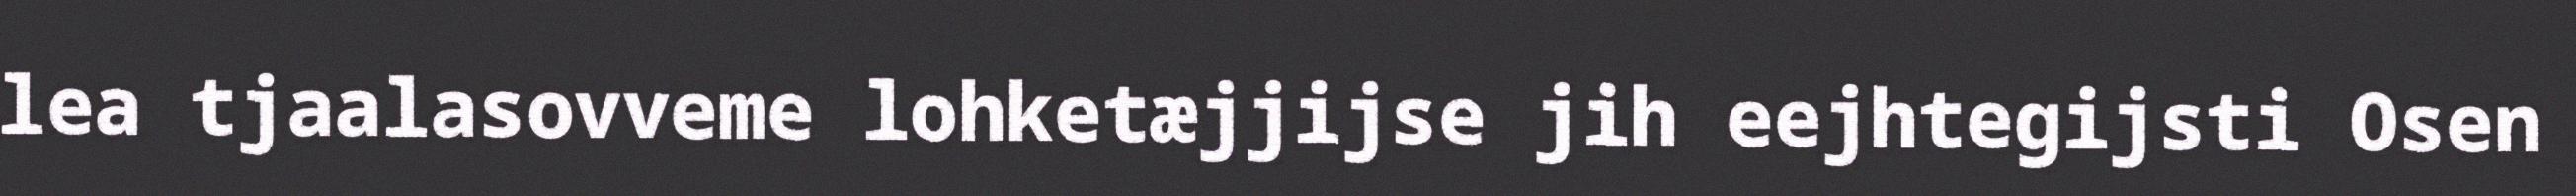
lea tjaalasovveme lohketæjjijse jih eejhtegijsti Osen